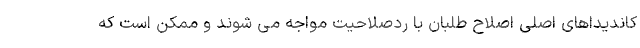
کاندیداهای اصلی اصلاح طلبان با ردصلاحیت مواجه می شوند و ممکن است که